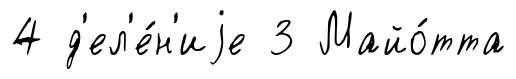
4 д'ел'е́н'иjе 3 Майо́тта